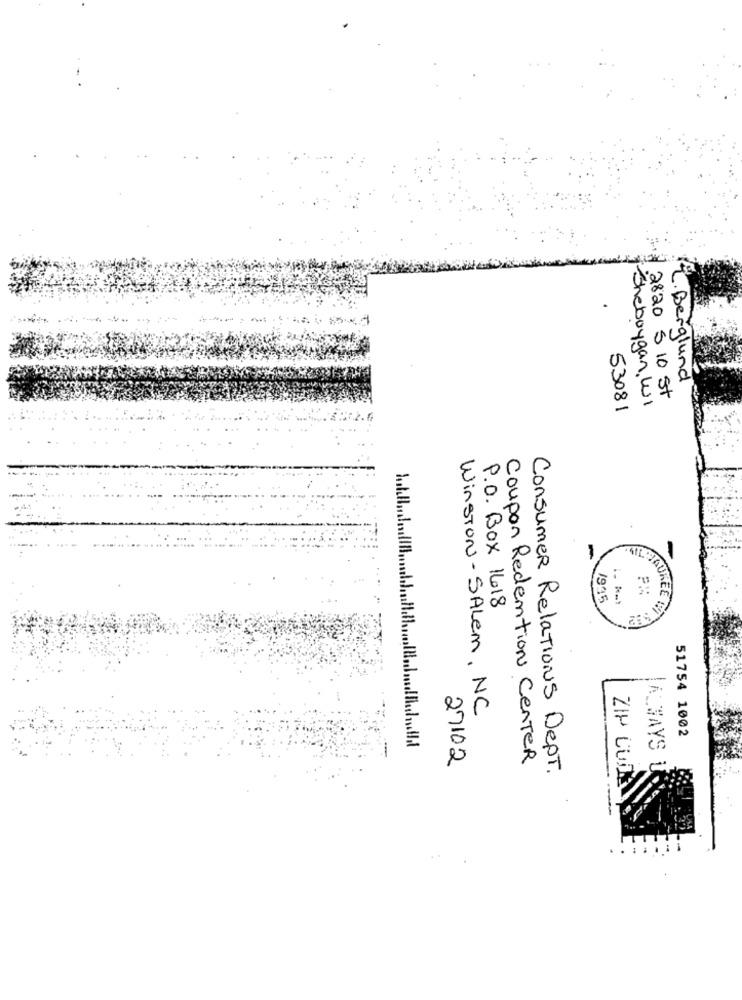
.
L. Berglund
Sheboygan, WI
2820 5 10 St
53081
-
-
1935
P.O. Box 1618
MAUREE LUFT
-
Winston-SALEM, NC
51754 1002
C:
IALWAYS
27102
Coupon Redemtion Center
Consumer Relations Dept.
ZIP CUPS